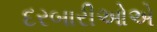
દરબારીઓએ